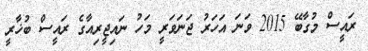
ރައީސް މުގާބޭ 2015 ވަނަ އަަހަރު ޖަނަވަރީ މަހު ނައިޖީރިއާގެ ރައީސް ބުޚާރީ